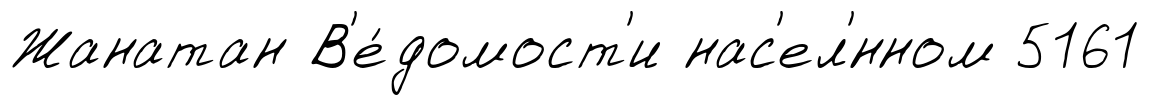
Жанатан В'е́домост'и нас'ел'́нном 5161